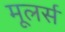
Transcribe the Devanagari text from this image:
मूलर्स